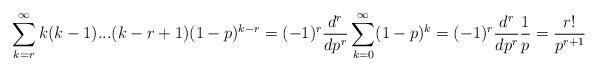
LaTeX: \begin{align*}\sum_{k=r}^\infty k(k-1)...(k-r+1)(1-p)^{k-r}= (-1)^r\frac{d^r}{dp^r} \sum_{k=0}^\infty (1-p)^k= (-1)^r\frac{d^r}{dp^r} \frac{1}{p}= \frac{r!}{p^{r+1}}\end{align*}